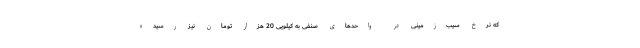
که نرخ سیب‌زمینی در واحدهای صنفی به کیلویی 20 هزار تومان نیز رسیده